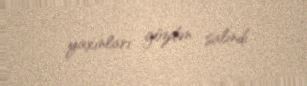
yaxınları gözdən salındı.